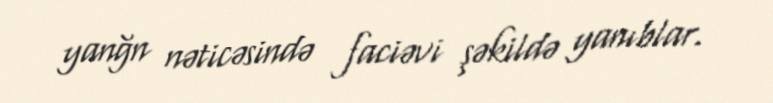
yanğn nəticəsində faciəvi şəkildə yanıblar.